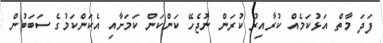
ފަދަ މާތް އަޅުކަމެއް ކުރާއިރު ކުރަން ނުޖެހޭ ކަންކަން ކަމަށާއި އެކަންކަމުގެ ސަބަބުން